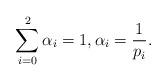
LaTeX: \begin{align*}\sum_{i=0}^{2} \alpha_{i} = 1,\alpha_{i} = \frac{1}{p_{i}}.\end{align*}